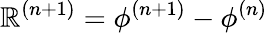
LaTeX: \mathbb{R}^{(n+1)}=\phi^{(n+1)}-\phi^{(n)}